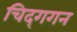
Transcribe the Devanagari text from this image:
चिद्‌गगन